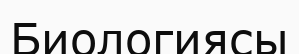
Биологиясы